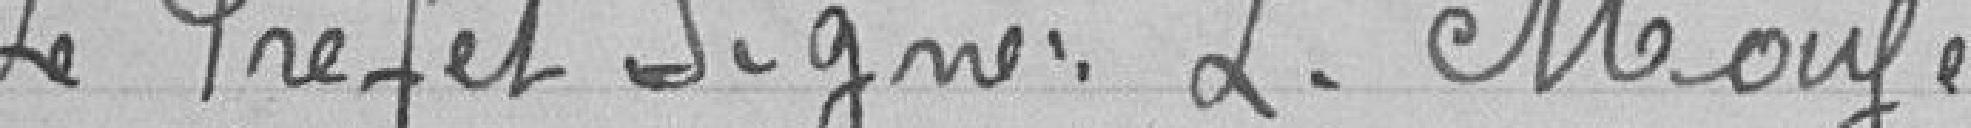
Le Préfet Signé L.Mougel .